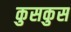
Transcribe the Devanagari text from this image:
कुसकुस